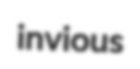
invious